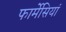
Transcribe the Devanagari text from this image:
फार्मेसियां